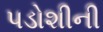
પડોશીની